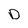
Character: D